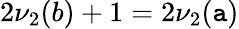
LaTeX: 2\nu_{2}(b)+1=2\nu_{2}(\mathtt{a})